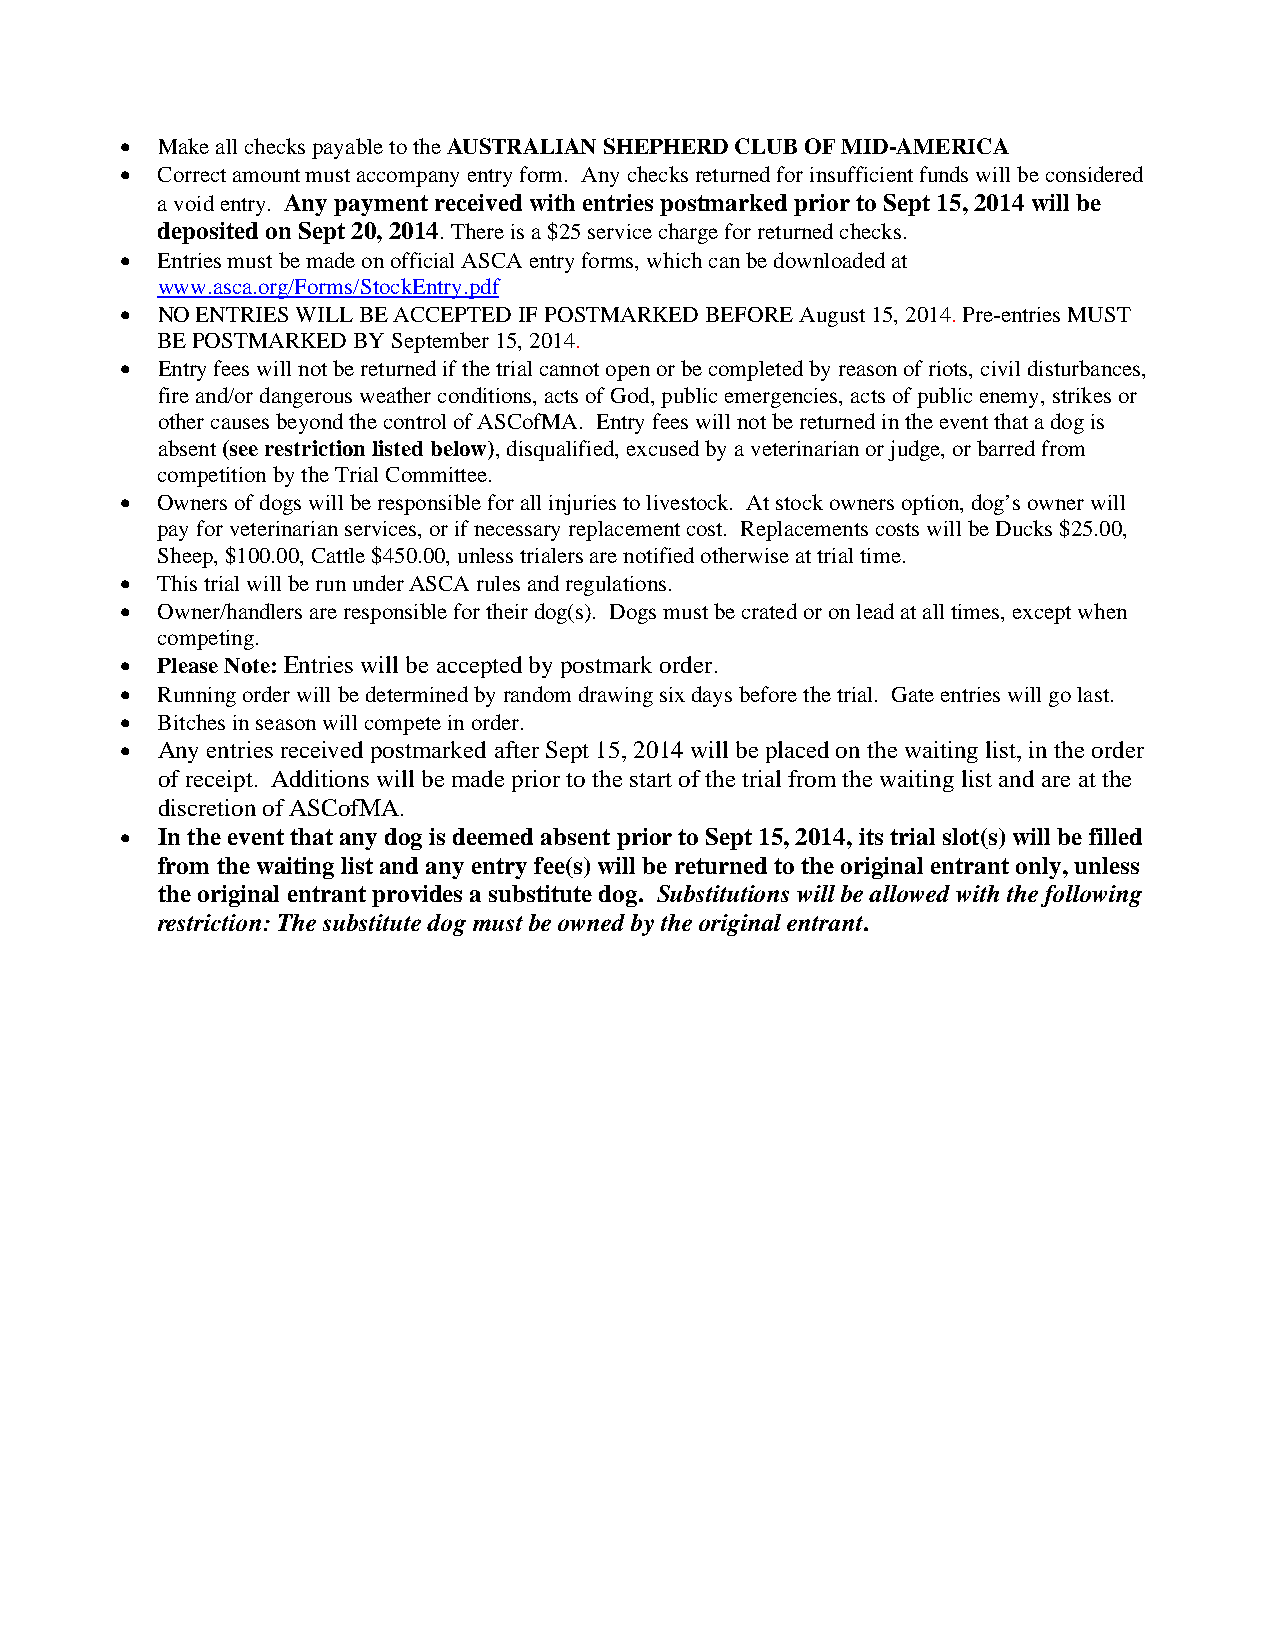
• Make all checks payable to the AUSTRALIAN SHEPHERD CLUB OF MID-AMERICA
 • Correct amount must accompany entry form. Any checks returned for insufficient funds will be considered
 a void entry. Any payment received with entries postmarked prior to Sept 15, 2014 will be
 deposited on Sept 20, 2014. There is a $25 service charge for returned checks.
 • Entries must be made on official ASCA entry forms, which can be downloaded at
 www.asca.org/Forms/StockEntry.pdf
 • NO ENTRIES WILL BE ACCEPTED IF POSTMARKED BEFORE August 15, 2014. Pre-entries MUST
 BE POSTMARKED BY September 15, 2014.
 • Entry fees will not be returned if the trial cannot open or be completed by reason of riots, civil disturbances,
 fire and/or dangerous weather conditions, acts of God, public emergencies, acts of public enemy, strikes or
 other causes beyond the control of ASCofMA. Entry fees will not be returned in the event that a dog is
 absent (see restriction listed below), disqualified, excused by a veterinarian or judge, or barred from
 competition by the Trial Committee.
 • Owners of dogs will be responsible for all injuries to livestock. At stock owners option, dog’s owner will
 pay for veterinarian services, or if necessary replacement cost. Replacements costs will be Ducks $25.00,
 Sheep, $100.00, Cattle $450.00, unless trialers are notified otherwise at trial time.
 • This trial will be run under ASCA rules and regulations.
 • Owner/handlers are responsible for their dog(s). Dogs must be crated or on lead at all times, except when
 competing.
 • Please Note: Entries will be accepted by postmark order.
 • Running order will be determined by random drawing six days before the trial. Gate entries will go last.
 • Bitches in season will compete in order.
 • Any entries received postmarked after Sept 15, 2014 will be placed on the waiting list, in the order
 of receipt. Additions will be made prior to the start of the trial from the waiting list and are at the
 discretion of ASCofMA.
 • In the event that any dog is deemed absent prior to Sept 15, 2014, its trial slot(s) will be filled
 from the waiting list and any entry fee(s) will be returned to the original entrant only, unless
 the original entrant provides a substitute dog. Substitutions will be allowed with the following
 restriction: The substitute dog must be owned by the original entrant.